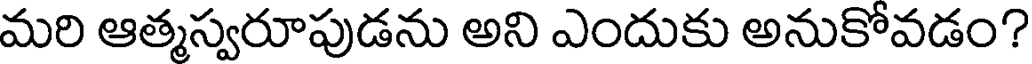
మరి ఆత్మస్వరూపుడను అని ఎందుకు అనుకోవడం?